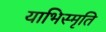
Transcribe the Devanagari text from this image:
याभिस्मृति